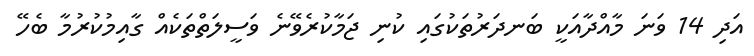
އަދި 14 ވަނަ މާއްދާއަކީ ބަނދަރުތަކުގައި ކުނި ޖަމާކުރެވޭނެ ވަސީލަތްތަކެއް ގާއިމުކުރުމާ ބެހޭ